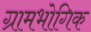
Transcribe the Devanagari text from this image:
ग्रामभोगिक